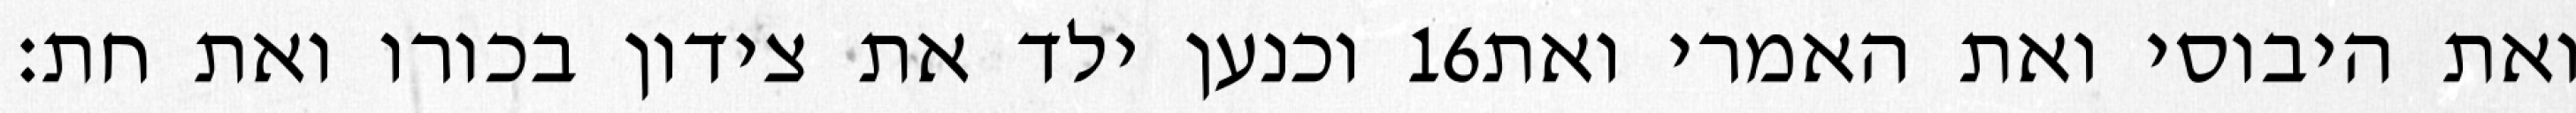
וכנען ילד את צידון בכורו ואת חת׃ ‎16‏ ואת היבוסי ואת האמרי ואת